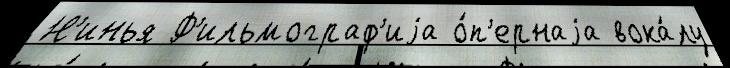
Н'инья Ф'ильмограф'иjа о́п'ернаjа вока́лу